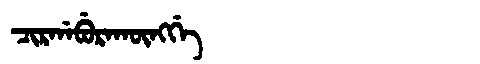
Manchu: ᠴᡳᡵᡤᠠᠪᡠᡵᠠᡴᡡᠩᡤᡝ
Romanization: CIRGABURAKŪNGGE